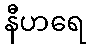
နီဟရေ